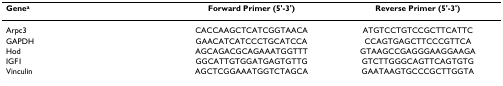
| Genea | Forward Primer (5'-3') | Reverse Primer (5'-3') |
 | --- | --- | --- |
 | Arpc3 | CACCAAGCTCATCGGTAACA | ATGTCCTGTCCGCTTCATTC |
 | GAPDH | GAACATCATCCCTGCATCCA | CCAGTGAGCTTCCCGTTCA |
 | Hod | AGCAGACGCAGAAATGGTTT | GTAAGCCGAGGGAAGGAAGA |
 | IGF1 | GGCATTGTGGATGAGTGTTG | GTCTTGGGCAGTTCAGTGTG |
 | Vinculin | AGCTCGGAAATGGTCTAGCA | GAATAAGTGCCCGCTTGGTA |